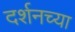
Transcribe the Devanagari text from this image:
दर्शनच्या